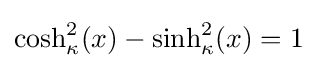
\cosh _{\kappa }^{2}(x)-\sinh _{\kappa }^{2}(x)=1